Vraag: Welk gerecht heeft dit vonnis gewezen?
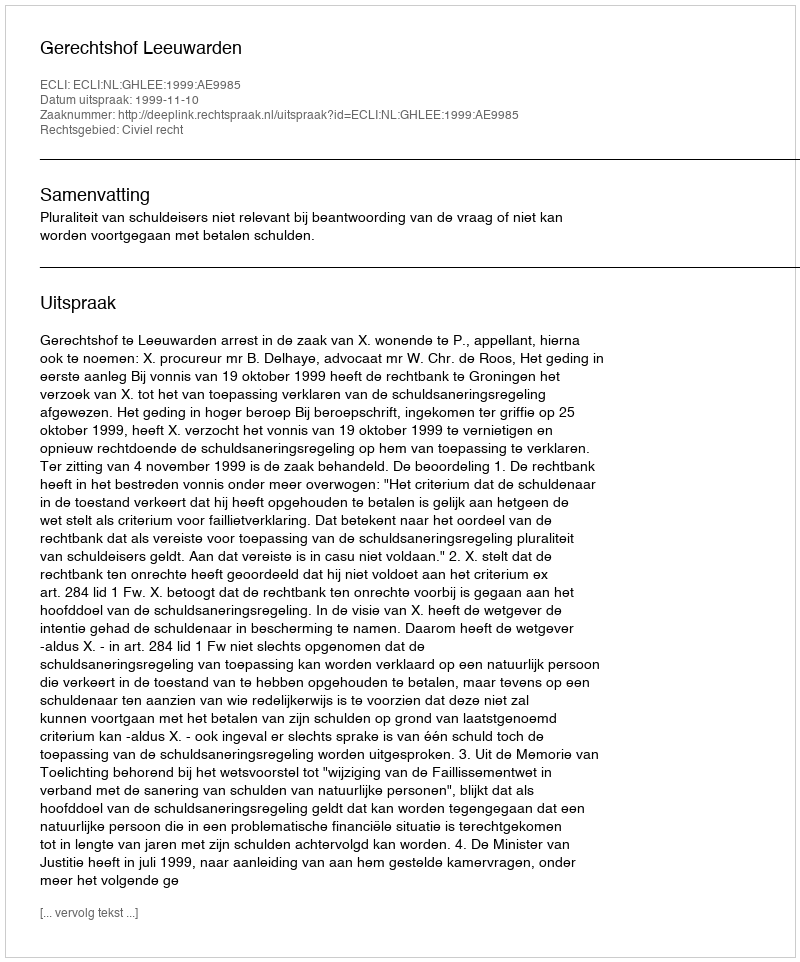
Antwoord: Gerechtshof Leeuwarden